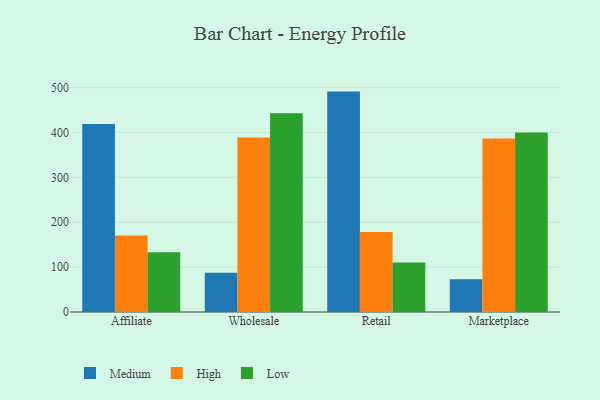
{"axis": {"x": "Channel", "y": "Net Income (USD K)"}, "legend": ["High", "Low", "Medium"], "data": [{"x": "Affiliate", "y": 418.7, "type": "Medium"}, {"x": "Affiliate", "y": 170.7, "type": "High"}, {"x": "Affiliate", "y": 132.9, "type": "Low"}, {"x": "Wholesale", "y": 87.2, "type": "Medium"}, {"x": "Wholesale", "y": 389.0, "type": "High"}, {"x": "Wholesale", "y": 442.9, "type": "Low"}, {"x": "Retail", "y": 491.0, "type": "Medium"}, {"x": "Retail", "y": 178.3, "type": "High"}, {"x": "Retail", "y": 110.4, "type": "Low"}, {"x": "Marketplace", "y": 72.7, "type": "Medium"}, {"x": "Marketplace", "y": 386.6, "type": "High"}, {"x": "Marketplace", "y": 399.7, "type": "Low"}]}